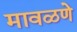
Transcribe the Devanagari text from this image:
मावळणे